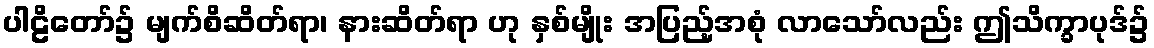
ပါဠိတော်၌ မျက်စိဆိတ်ရာ၊ နားဆိတ်ရာ ဟု နှစ်မျိုး အပြည့်အစုံ လာသော်လည်း ဤသိက္ခာပုဒ်၌